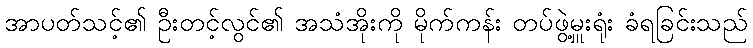
အာပတ်သင့်၏ ဦးတင့်လွင်၏ အသံအိုးကို မိုက်ကန်း တပ်ဖွဲ့မှူးရုံး ခံရခြင်းသည်